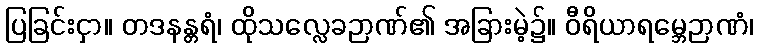
ပြခြင်းငှာ။ တဒနန္တရံ၊ ထိုသလ္လေခဉာဏ်၏ အခြားမဲ့၌။ ဝီရိယာရမ္ဘေဉာဏံ၊